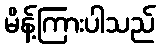
မိန့်ကြားပါသည်